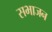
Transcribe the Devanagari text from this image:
सभाजन